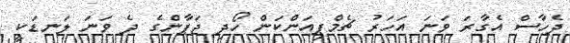
ދެހާސް އެގާރަ ވަނަ އަހަރު ޗެމްޕިއަންކަން ހޯދި ޖަޕާންގެ ދެ ވަނަ ލަނޑަކީ